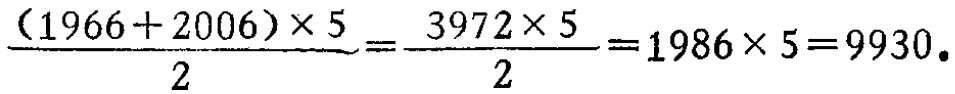
\(\frac{(1966 + 2006)\times5}{2}=\frac{3972\times5}{2}=1986\times5 = 9930\)